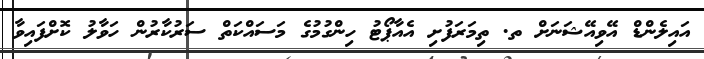
އައިލެންޑް އޭވިއޭޝަނަށް ތ. ތިމަރަފުށި އެއާޕޯޓު ހިންގުމުގެ މަސައްކަތް ސަރުކާރުން ހަވާލު ކޮށްފައިވާ